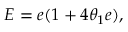
E = e ( 1 + 4 \theta _ { 1 } e ) , \quad